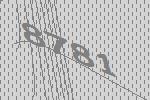
8781